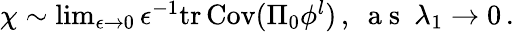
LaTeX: \begin{array}{r}{\chi\sim\operatorname*{lim}_{\epsilon\rightarrow 0}\epsilon^{-1}\mathrm{tr}\, {\mathrm{Cov}(\Pi_{0}{{{\phi}^{l}}})}\, ,~\mathrm{~a~s~}~\lambda_{1}\rightarrow 0\, .}\end{array}